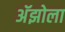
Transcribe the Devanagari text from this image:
अॅझोला